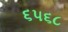
૬૫૬૮